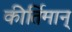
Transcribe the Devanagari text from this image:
कीर्तिमान्